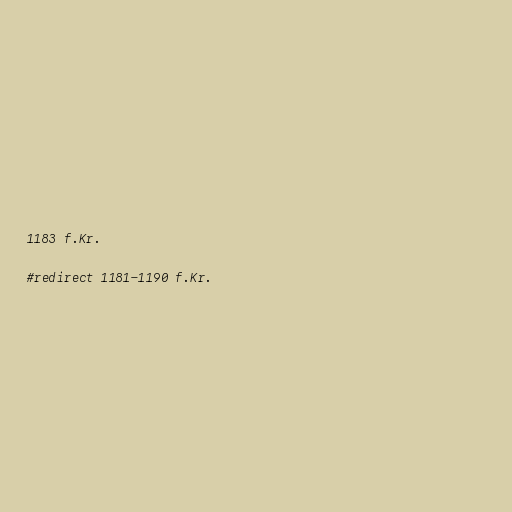
1183 f.Kr.

#redirect 1181-1190 f.Kr.